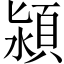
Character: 潁